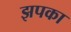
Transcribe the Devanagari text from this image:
झपका